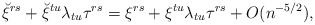
\begin{align*}\breve\xi^{rs}+\breve\xi^{tu}\lambda_{tu}\tau^{rs}=\xi^{rs}+\xi^{tu}\lambda_{tu}\tau^{rs}+O(n^{-5/2}),\end{align*}